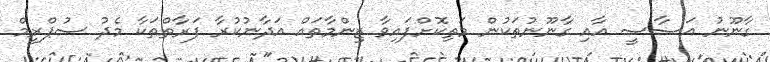
ގާނޫނު އަސާސީ އާއި ގާނޫނުތަކުން މަތިކޮށްފައިވާ ޒިންމާތައް އަދާނުކުރާ ފަރާތްތަކާ މެދު ސުޕްރީމް